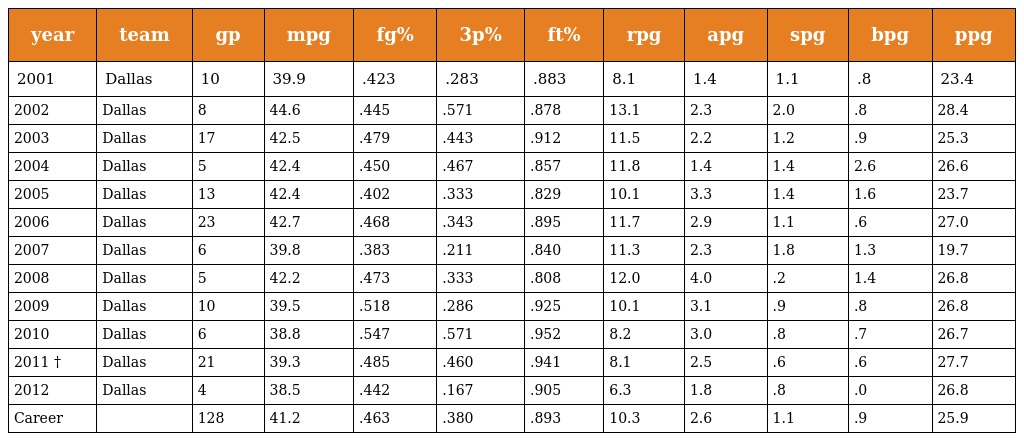
| year | team | gp | mpg | fg% | 3p% | ft% | rpg | apg | spg | bpg | ppg |
 | --- | --- | --- | --- | --- | --- | --- | --- | --- | --- | --- | --- |
 | 2001 | Dallas | 10 | 39.9 | .423 | .283 | .883 | 8.1 | 1.4 | 1.1 | .8 | 23.4 |
 | 2002 | Dallas | 8 | 44.6 | .445 | .571 | .878 | 13.1 | 2.3 | 2.0 | .8 | 28.4 |
 | 2003 | Dallas | 17 | 42.5 | .479 | .443 | .912 | 11.5 | 2.2 | 1.2 | .9 | 25.3 |
 | 2004 | Dallas | 5 | 42.4 | .450 | .467 | .857 | 11.8 | 1.4 | 1.4 | 2.6 | 26.6 |
 | 2005 | Dallas | 13 | 42.4 | .402 | .333 | .829 | 10.1 | 3.3 | 1.4 | 1.6 | 23.7 |
 | 2006 | Dallas | 23 | 42.7 | .468 | .343 | .895 | 11.7 | 2.9 | 1.1 | .6 | 27.0 |
 | 2007 | Dallas | 6 | 39.8 | .383 | .211 | .840 | 11.3 | 2.3 | 1.8 | 1.3 | 19.7 |
 | 2008 | Dallas | 5 | 42.2 | .473 | .333 | .808 | 12.0 | 4.0 | .2 | 1.4 | 26.8 |
 | 2009 | Dallas | 10 | 39.5 | .518 | .286 | .925 | 10.1 | 3.1 | .9 | .8 | 26.8 |
 | 2010 | Dallas | 6 | 38.8 | .547 | .571 | .952 | 8.2 | 3.0 | .8 | .7 | 26.7 |
 | 2011 † | Dallas | 21 | 39.3 | .485 | .460 | .941 | 8.1 | 2.5 | .6 | .6 | 27.7 |
 | 2012 | Dallas | 4 | 38.5 | .442 | .167 | .905 | 6.3 | 1.8 | .8 | .0 | 26.8 |
 | Career |  | 128 | 41.2 | .463 | .380 | .893 | 10.3 | 2.6 | 1.1 | .9 | 25.9 |